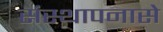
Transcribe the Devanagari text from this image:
संस्थापनासे